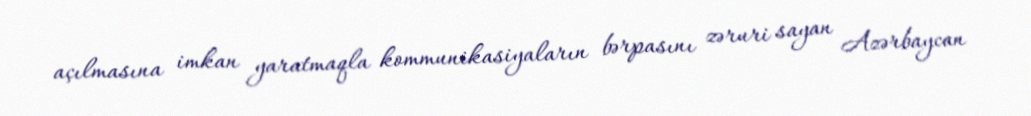
açılmasına imkan yaratmaqla kommunikasiyaların bərpasını zəruri sayan Azərbaycan